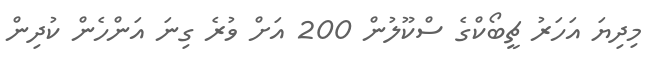
މިދިޔަ އަހަރު ޗީބޯކްގެ ސްކޫލުން 200 އަށް ވުރެ ގިނަ އަންހެން ކުދިން